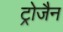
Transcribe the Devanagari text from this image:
ट्रोजैन